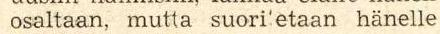
osaltaan, mutta suori'etaan hänelle